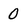
Character: 0